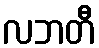
လဘတီ